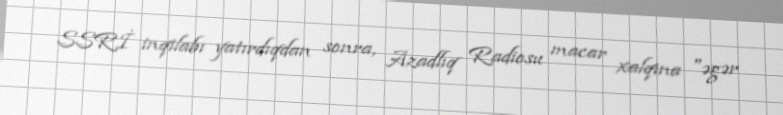
SSRİ inqilabı yatırdıqdan sonra, Azadlıq Radiosu macar xalqına "əgər